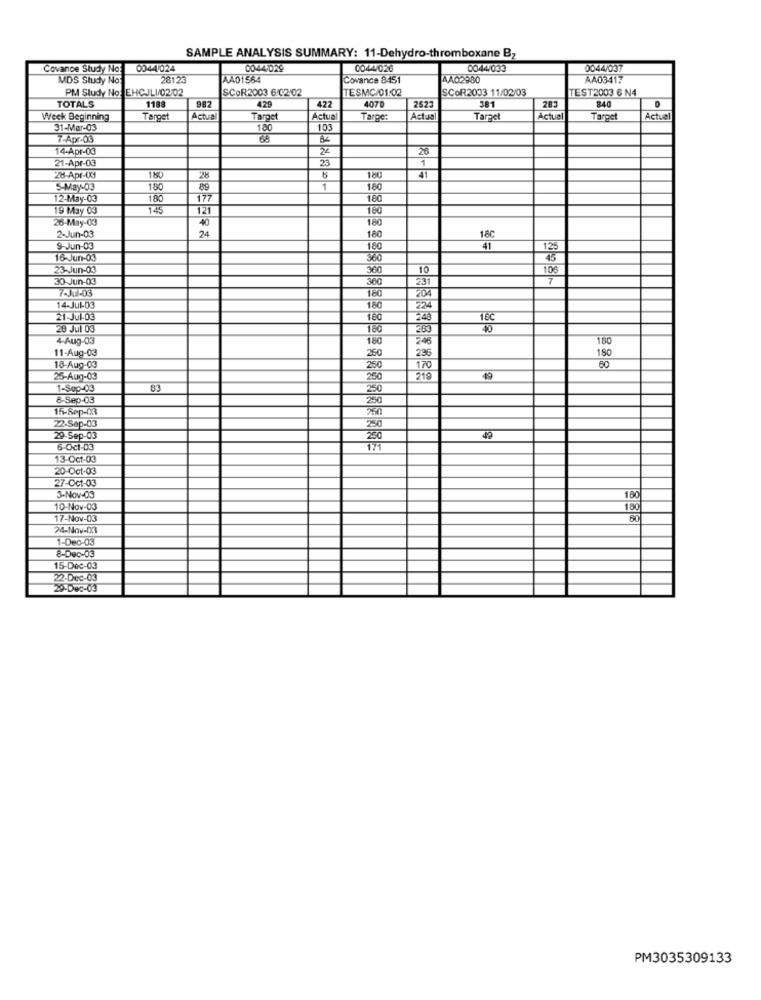
SAMPLE ANALYSIS SUMMARY: 11-Dehydro-thromboxane B2
Covance Study No:
0044/024
0044029
0044/026
0044/033
0044/037
MDS Study No:
28126
AA01564
Covance 8451
AA02980
AA03417
PM Study No: EHCJLI/02/02
SCOR2003 6/02/02
TESMC/01:02
SCOR2003 11/02/03
TEST2003 6 N4
TOTALS
1188
987
420
4070
2523
381
283
240
422
Weck Beginning
Target
Actua
Target
Actu
Targe:
Actual
Target
Actual
Target
Actuel
31-Mar-03
180
103
7-Apr-03
14-Apr-03
24
26
23
1
21-Apr-03
28-Apr-Ud
28
180
4
5-May-03
180
89
1
180
12-May-03
180
177
19 May 03
145
121
180
26-May-03
40
160
24
2-Jun-03
180
1.80
9-Jun-03
160
12:
16-Jun-03
360
45
23-Jun-03
300
10
30-Jun-03
360
231
7
7-JUL-03
180
204
14-Jul-03
180
224
21-Jul-08
160
28 Jul 03
160
4-Aug-03
180
205
180
11-Aug-03
260
236
180
18-Aug-03
250
170
80
25-Aug-03
250
219
49
1-Sep-03
83
8-Sep-03
250
15-Sep-03
22-Sep-03
250
29-Sep-03
250
49
6-0cl-03
171
13-Oct-03
20-Oct-03
27-Oct-03
3-Nov-03
160
10-Nov-03
180
17-Nov-03
24-Nov-D7
1-Dec-03
8-Dec-03
15-Dec-03
22-Dec-03
29-Dec-03
PM3035309133